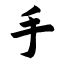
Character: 手